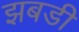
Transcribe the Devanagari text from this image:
झबडी